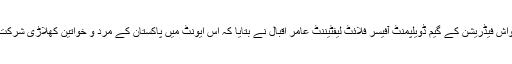
پاکستان سکواش فیڈریشن کے گیم ڈویلپمنٹ آفیسر فلائٹ لیفٹیننٹ عامر اقبال نے بتایا کہ اس ایونٹ میں پاکستان کے مرد و خواتین کھلاڑی شرکت کریں گے۔